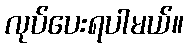
လုပ်ပေးရပါမယ်။